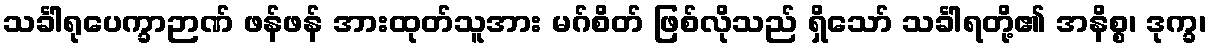
သင်္ခါရုပေက္ခာဉာဏ် ဖန်ဖန် အားထုတ်သူအား မဂ်စိတ် ဖြစ်လိုသည် ရှိသော် သင်္ခါရတို့၏ အနိစ္စ၊ ဒုက္ခ၊